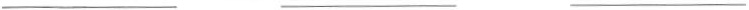
___ ___ ___